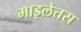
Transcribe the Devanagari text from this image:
माइलेतस